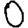
Digit: 0